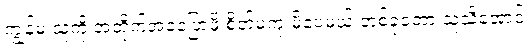
ကျွန်မ သူ့ကို အတိုက်အခံပြောဖို့ စိတ်မကူးမိပေမယ့် တစ်ခုတော့ သူသိအောင်